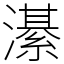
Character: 濝